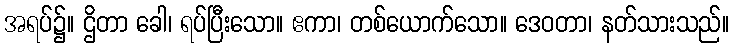
အရပ်၌။ ဌိတာ ခေါ၊ ရပ်ပြီးသော။ ဧကာ၊ တစ်ယောက်သော။ ဒေဝတာ၊ နတ်သားသည်။